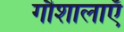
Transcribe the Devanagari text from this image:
गौशालाएँ